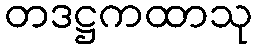
တဒဋ္ဌကထာသု